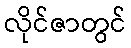
လိုင်ဇာတွင်